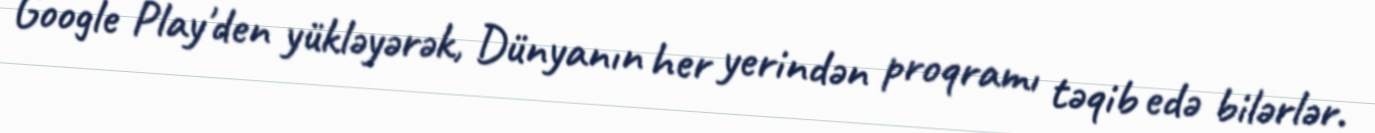
Google Play'den yükləyərək, Dünyanın her yerindən proqramı təqib edə bilərlər.